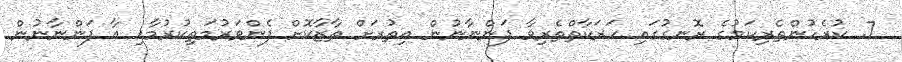
7. ކުރެހުންތެރިކަމުގެ ރޮނގުގައި ހަރަކާތްތެރިވާ ފަންނާނުން އިތުރަށް ތާޒާކޮށް ފެންވަރުމަތިކުރުމާއި އާ ފަންނާނުން